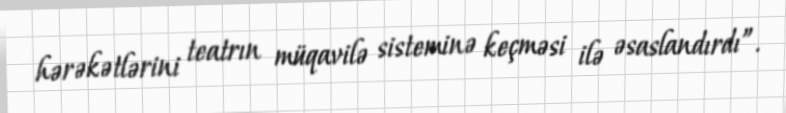
hərəkətlərini teatrın müqavilə sisteminə keçməsi ilə əsaslandırdı”.